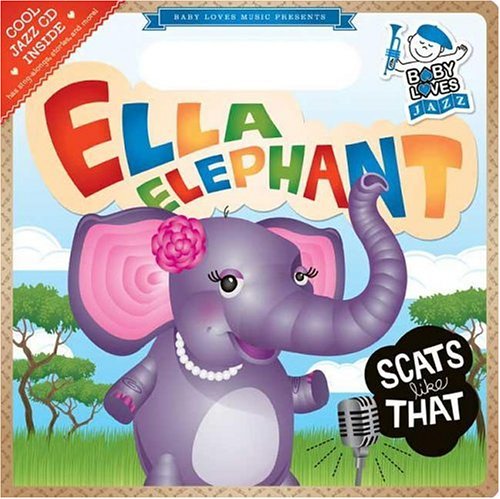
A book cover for Ella Elephant Scats Like That: Baby Loves Jazz; Andy Blackman Hurwitz; Children's Books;